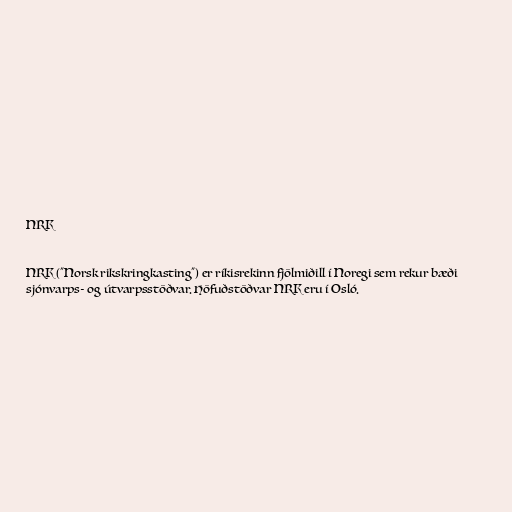
NRK

NRK ("Norsk rikskringkasting") er ríkisrekinn fjölmiðill í Noregi sem rekur bæði
sjónvarps- og útvarpsstöðvar. Höfuðstöðvar NRK eru í Osló.